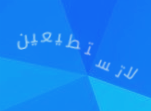
لاتستطيعين